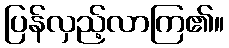
ပြန်လှည့်လာကြ၏။